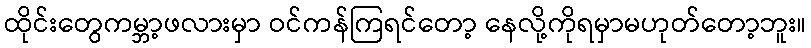
ထိုင်းတွေကမ္ဘာ့ဖလားမှာ ဝင်ကန်ကြရင်တော့ နေလို့ကိုရမှာမဟုတ်တော့ဘူး။